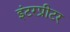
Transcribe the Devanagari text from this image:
इंटरप्रीटर